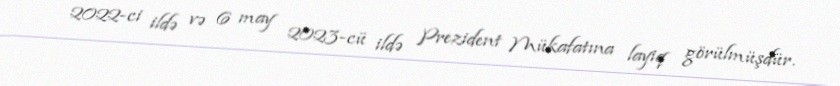
2022-ci ildə və 6 may 2023-cü ildə Prezident Mükafatına layiq görülmüşdür.